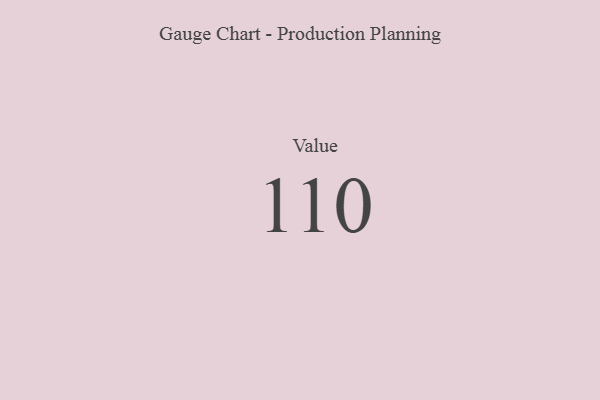
{"axis": {"x": "Metric", "y": "Value"}, "legend": [""], "data": [{"x": "Value", "y": 110, "type": ""}]}